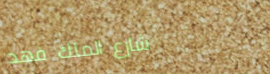
شارع الملك فهد